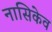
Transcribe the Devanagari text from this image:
नासिकेव